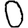
Digit: 0